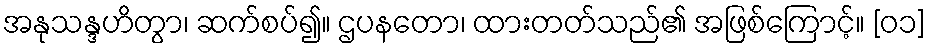
အနုသန္ဒဟိတွာ၊ ဆက်စပ်၍။ ဌပနတော၊ ထားတတ်သည်၏ အဖြစ်ကြောင့်။ [၀၁]